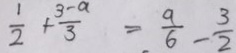
\frac { 1 } { 2 } + \frac { 3 - a } { 3 } = \frac { a } { 6 } - \frac { 3 } { 2 }